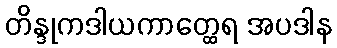
တိန္ဒုကဒါယကာတ္ထေရ အပဒါန